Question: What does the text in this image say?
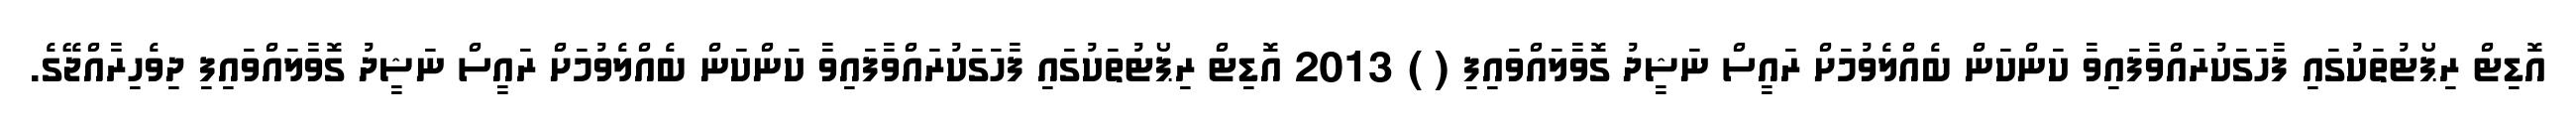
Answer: އޮޑިޓް ރިޕޯޓުތަކުގައި ފާހަގަކުރައްވާފައިވާ ކަންކަން ބެއްލެވުމަށް ރައީސް ނަޝީދު ގޮވާލައްވައިފި ( ) 2013 އޮޑިޓް ރިޕޯޓުތަކުގައި ފާހަގަކުރައްވާފައިވާ ކަންކަން ބެއްލެވުމަށް ރައީސް ނަޝީދު ގޮވާލައްވައިފި ދިވެހިރާއްޖޭގެ.